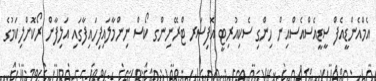
އެމްއެންޑީއެފް ސީޑީއެސްއެސްއިން ހިންގި ސެކިއުރިޓީ އޮފިސަރ ޓްރޭނިންގ ކޯސް ނިންމާލައިފިހައިފާގައި އަލިފާން ރޯކޮށްލިކަމުގެ